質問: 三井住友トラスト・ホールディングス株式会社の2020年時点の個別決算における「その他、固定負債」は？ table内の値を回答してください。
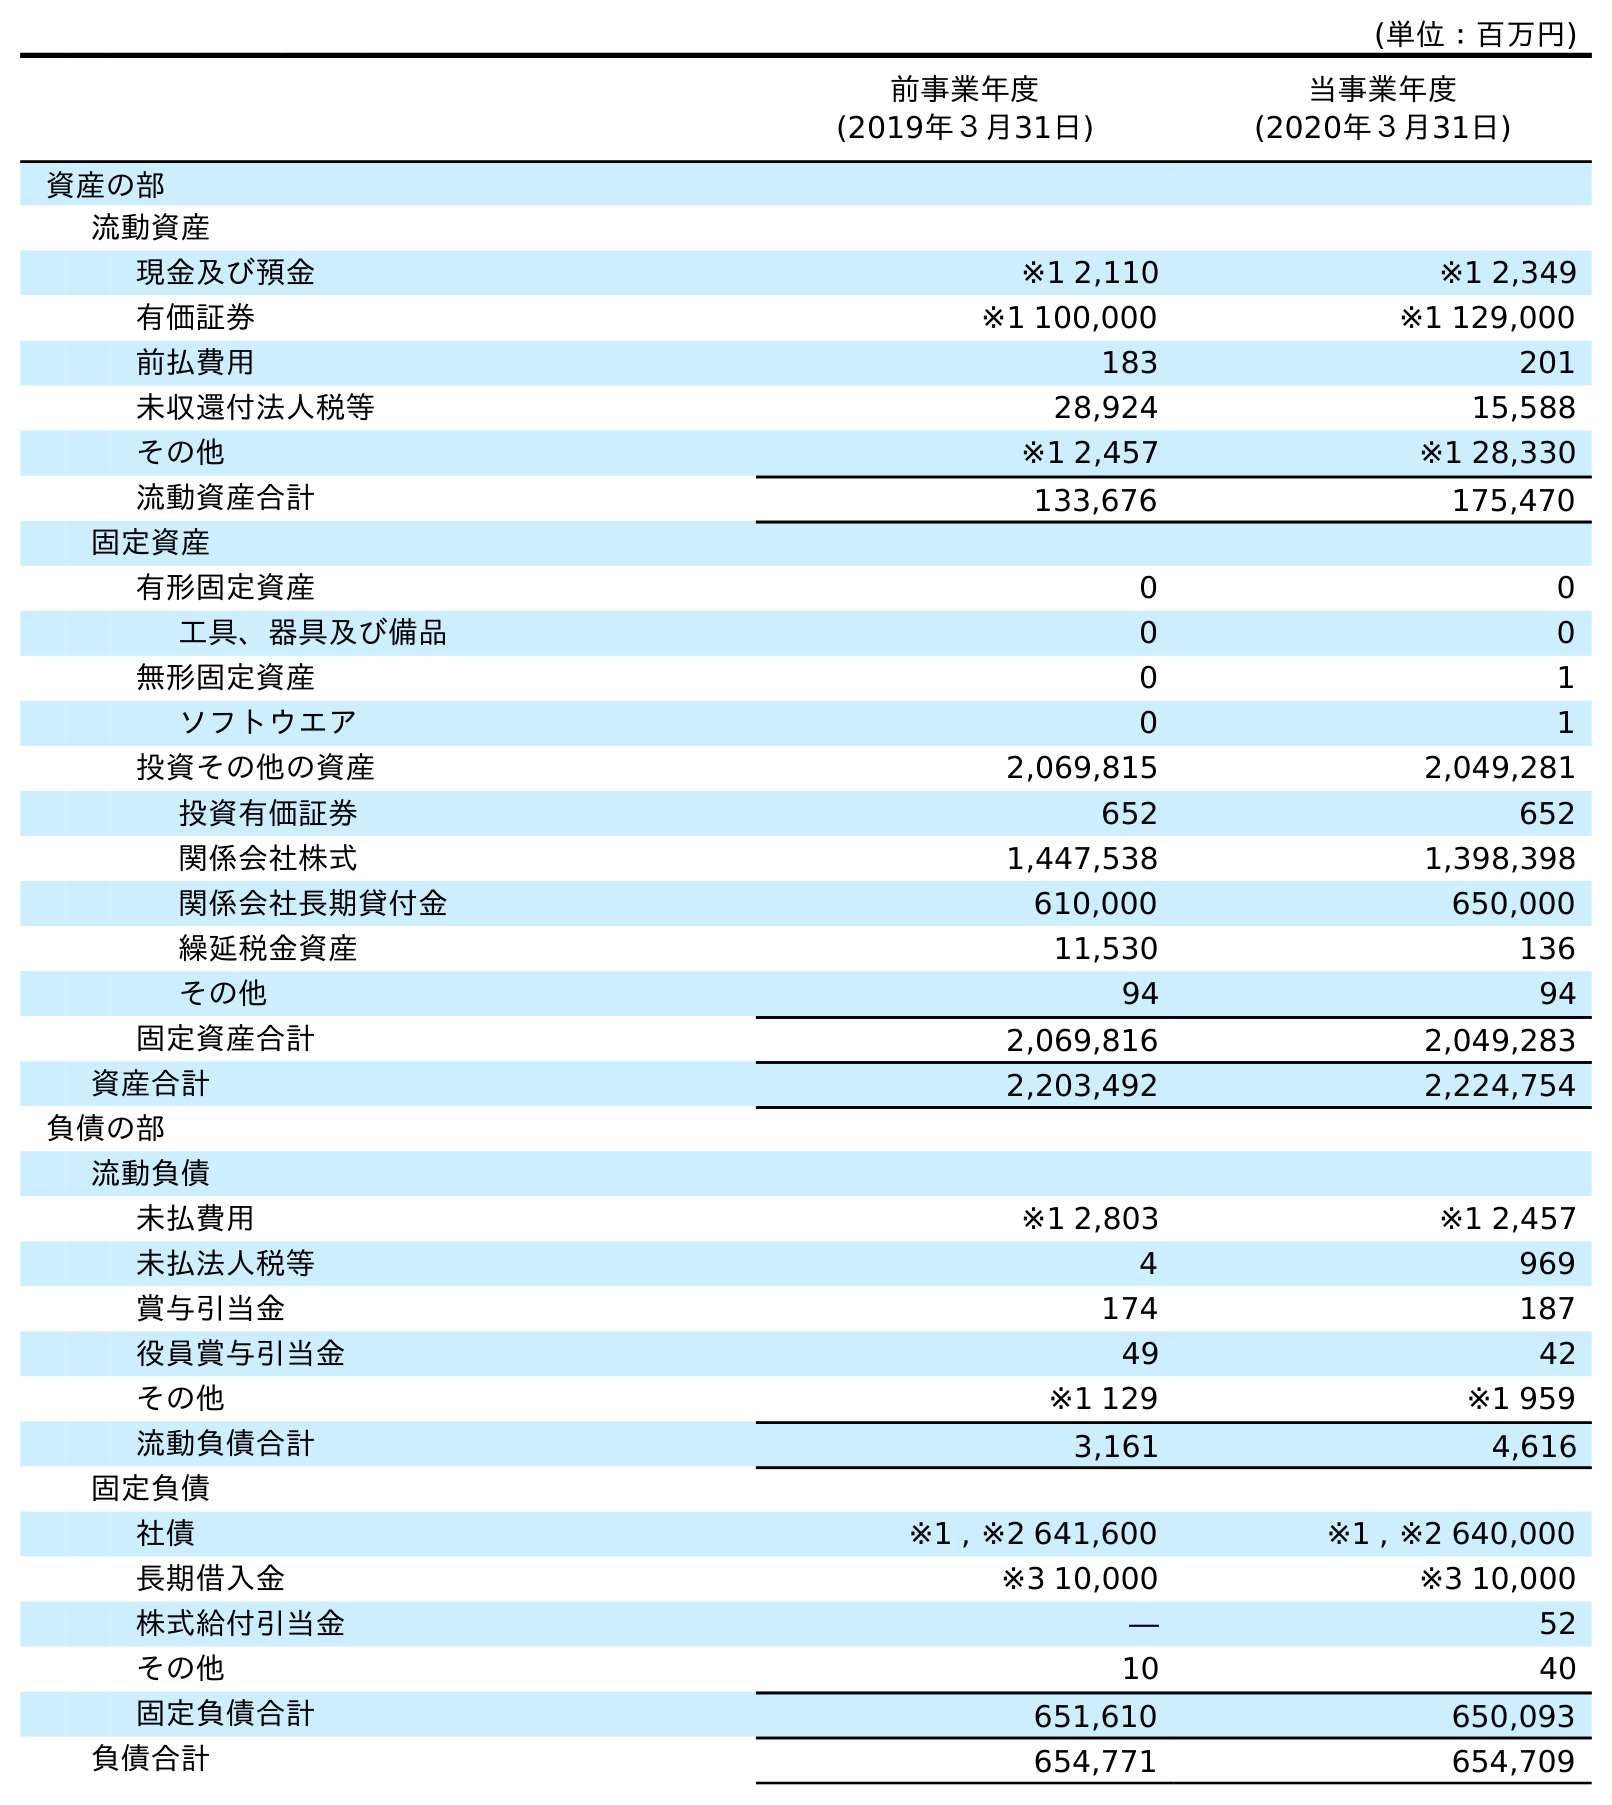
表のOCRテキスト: (単位：百万円) 前事業年度 (2019年３月31日) 当事業年度 (2020年３月31日) 資産の部 流動資産 現金及び預金 ※1 2,110 ※1 2,349 有価証券 ※1 100,000 ※1 129,000 前払費用 183 201 未収還付法人税等 28,924 15,588 その他 ※1 2,457 ※1 28,330 流動資産合計 133,676 175,470 固定資産 有形固定資産 0 0 工具、器具及び備品 0 0 無形固定資産 0 1 ソフトウエア 0 1 投資その他の資産 2,069,815 2,049,281 投資有価証券 652 652 関係会社株式 1,447,538 1,398,398 関係会社長期貸付金 610,000 650,000 繰延税金資産 11,530 136 その他 94 94 固定資産合計 2,069,816 2,049,283 資産合計 2,203,492 2,224,754 負債の部 流動負債 未払費用 ※1 2,803 ※1 2,457 未払法人税等 4 969 賞与引当金 174 187 役員賞与引当金 49 42 その他 ※1 129 ※1 959 流動負債合計 3,161 4,616 固定負債 社債 ※1 , ※2 641,600 ※1 , ※2 640,000 長期借入金 ※3 10,000 ※3 10,000 株式給付引当金 ― 52 その他 10 40 固定負債合計 651,610 650,093 負債合計 654,771 654,709
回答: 40